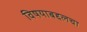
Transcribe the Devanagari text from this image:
विषयाबद्दलचा